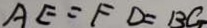
A E = F D = B C